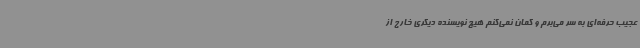
عجیب حرفه‌ای به سر می‌برم و گمان نمی‌کنم هیچ نویسنده دیگری خارج از